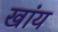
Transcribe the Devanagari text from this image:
खांय